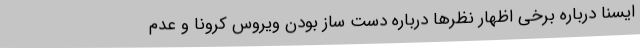
ایسنا درباره برخی اظهار نظرها درباره دست ساز بودن ویروس کرونا و عدم